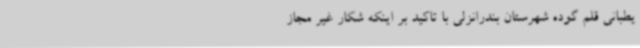
یطبانی قلم گوده شهرستان بندرانزلی با تاکید بر اینکه شکار غیر مجاز